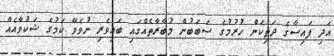
އަދި ފައިސާގެ ދަތިކަން ހުރުމުގެ ސަބަބުން މުބާރާތެއްގައި ބައިވެރި ނުވެވޭ ކަމުގެ ޝަކުވާއެއް